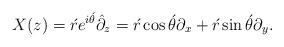
LaTeX: \begin{align*}X(z)=\acute{r}e^{i\acute{\theta}}\hat{\partial}_z=\acute{r}\cos\acute{\theta}\partial_x+\acute{r}\sin\acute{\theta}\partial_y.\end{align*}